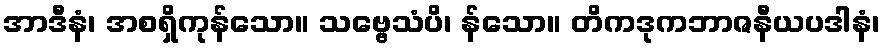
အာဒီနံ၊ အစရှိကုန်သော။ သဗ္ဗေသံပိ၊ န်သော။ တိကဒုကဘာဇနီယပဒါနံ၊